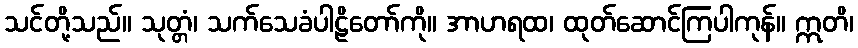
သင်တို့သည်။ သုတ္တံ၊ သက်သေခံပါဠိတော်ကို။ အာဟရထ၊ ထုတ်ဆောင်ကြပါကုန်။ ဣတိ၊